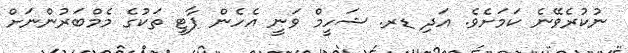
ނުކުރެވޭނެ ކަމަށެވެ. އަދި ޑރ. ޝަހީމް ވަނީ އެހެން ޕާޓީ ތަކުގެ މެމްބަރުންނަށް